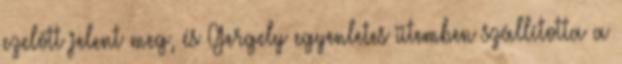
ezelőtt jelent meg, és Gergely egyenletes ütemben szállította a